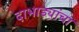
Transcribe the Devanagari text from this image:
दाभाड्यांचा